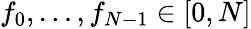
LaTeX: f_{0},\ldots,f_{N-1}\in[0,N]